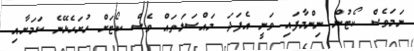
ނަމަވެސް ކޯޓުން ނިންމާފައި ވަނީ އެފަދަ މައްސަލަތައް ވެސް ކޯޓަށް ހުށަހެޅޭނެ ކަމަށާއި